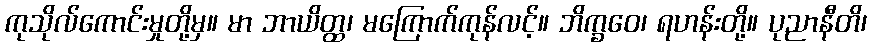
ကုသိုလ်ကောင်းမှုတို့မှ။ မာ ဘာယိတ္ထ၊ မကြောက်ကုန်လင့်။ ဘိက္ခဝေ၊ ရဟန်းတို့။ ပုညာနီတိ၊